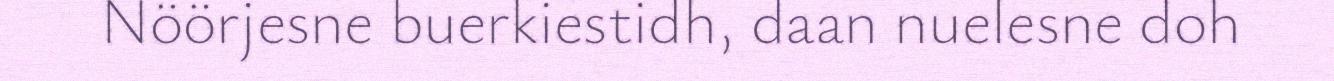
Nöörjesne buerkiestidh, daan nuelesne doh